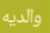
والديه